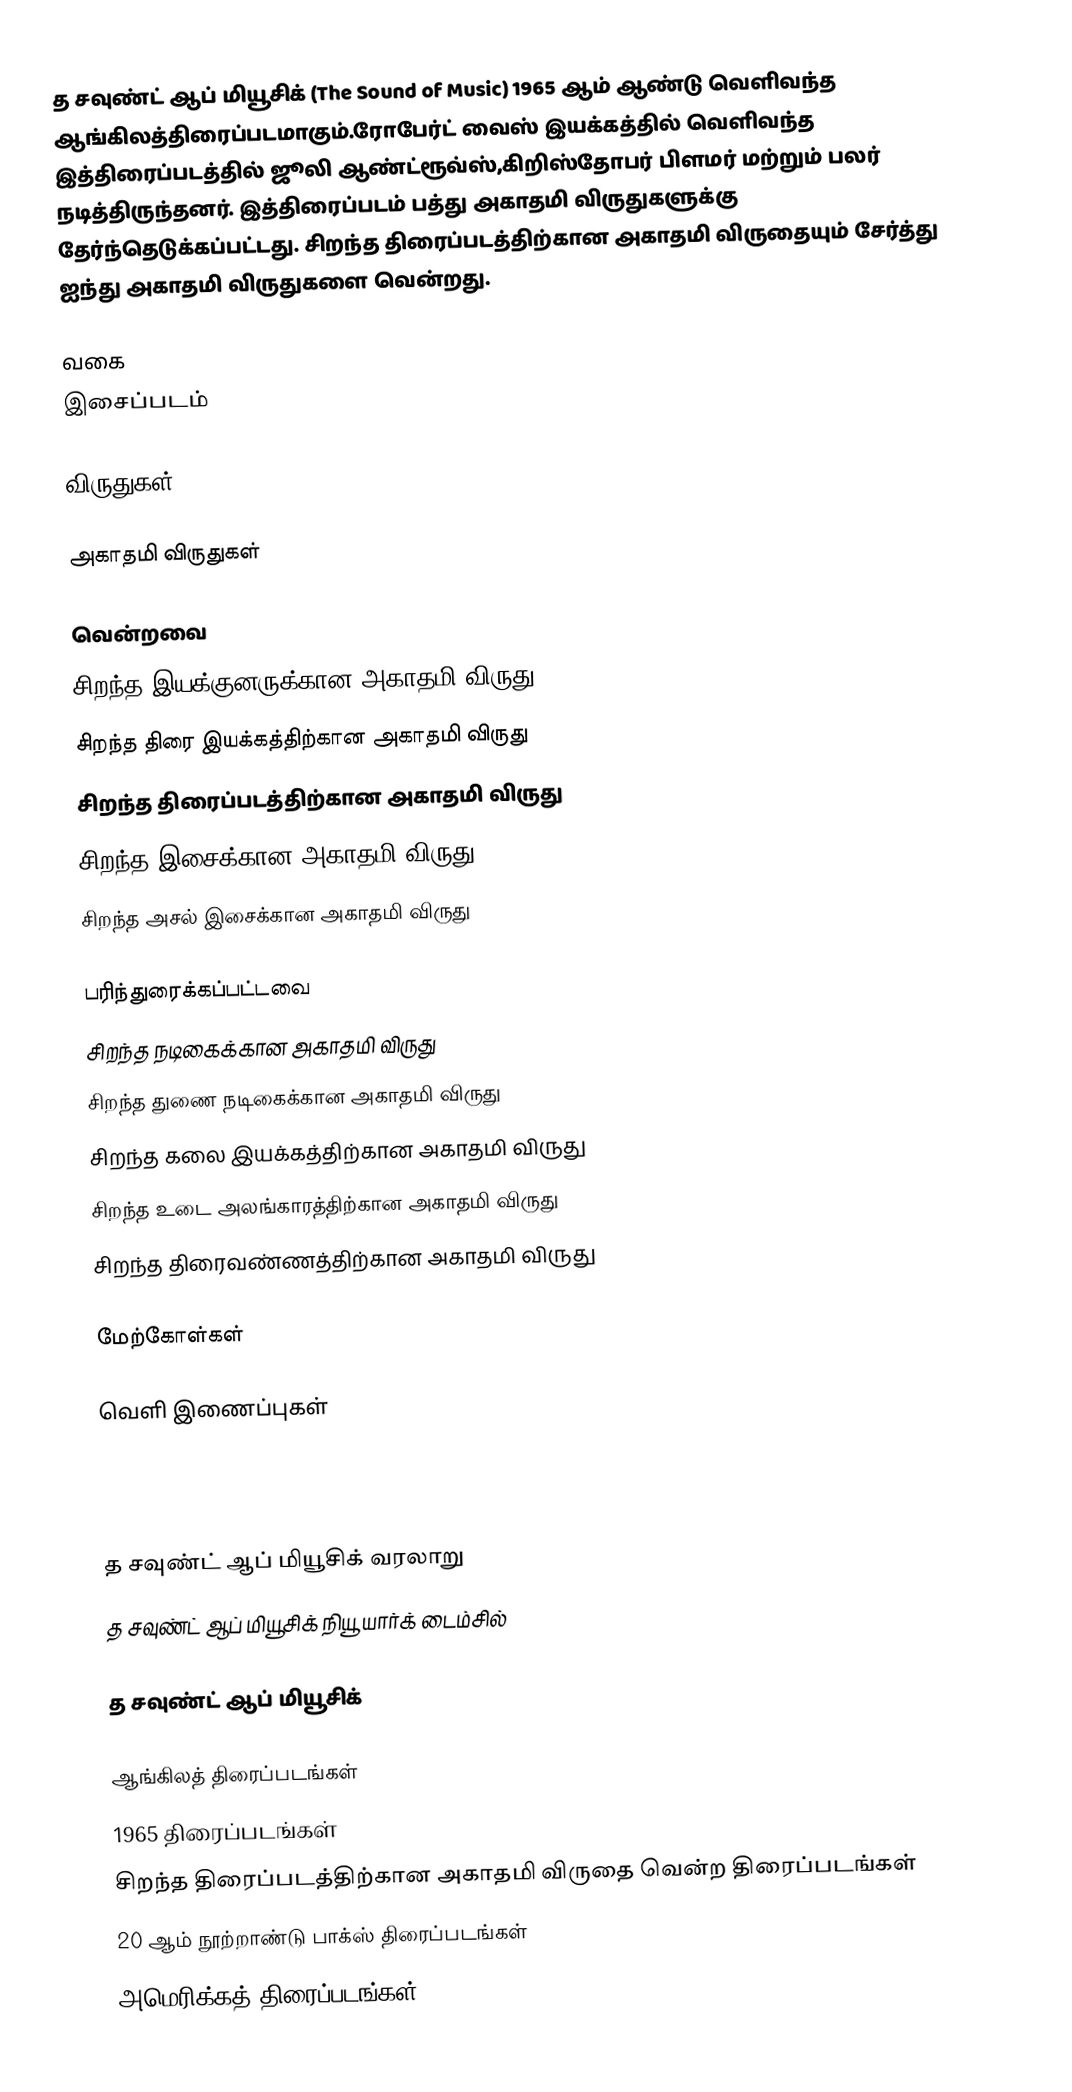
த சவுண்ட் ஆப் மியூசிக் (The Sound of Music) 1965 ஆம் ஆண்டு வெளிவந்த ஆங்கிலத்திரைப்படமாகும்.ரோபேர்ட் வைஸ் இயக்கத்தில் வெளிவந்த இத்திரைப்படத்தில் ஜூலி ஆண்ட்ரூவ்ஸ்,கிறிஸ்தோபர் பிளமர் மற்றும் பலர் நடித்திருந்தனர். இத்திரைப்படம் பத்து அகாதமி விருதுகளுக்கு தேர்ந்தெடுக்கப்பட்டது. சிறந்த திரைப்படத்திற்கான அகாதமி விருதையும் சேர்த்து ஐந்து அகாதமி விருதுகளை வென்றது.

வகை
இசைப்படம்

விருதுகள்

அகாதமி விருதுகள்

வென்றவை
சிறந்த இயக்குனருக்கான அகாதமி விருது
சிறந்த திரை இயக்கத்திற்கான அகாதமி விருது
சிறந்த திரைப்படத்திற்கான அகாதமி விருது
சிறந்த இசைக்கான அகாதமி விருது
சிறந்த அசல் இசைக்கான அகாதமி விருது

பரிந்துரைக்கப்பட்டவை
சிறந்த நடிகைக்கான அகாதமி விருது
சிறந்த துணை நடிகைக்கான அகாதமி விருது
சிறந்த கலை இயக்கத்திற்கான அகாதமி விருது
சிறந்த உடை அலங்காரத்திற்கான அகாதமி விருது
சிறந்த திரைவண்ணத்திற்கான அகாதமி விருது

மேற்கோள்கள்

வெளி இணைப்புகள்

 த சவுண்ட் ஆப் மியூசிக் வரலாறு
 த சவுண்ட் ஆப் மியூசிக் நியூ யார்க் டைம்சில்

 த சவுண்ட் ஆப் மியூசிக்

ஆங்கிலத் திரைப்படங்கள்
1965 திரைப்படங்கள்
சிறந்த திரைப்படத்திற்கான அகாதமி விருதை வென்ற திரைப்படங்கள்
20 ஆம் நூற்றாண்டு பாக்ஸ் திரைப்படங்கள்
அமெரிக்கத் திரைப்படங்கள்